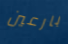
بارعين